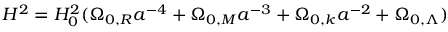
{ H ^ { 2 } } = H _ { 0 } ^ { 2 } ( \Omega _ { 0 , R } a ^ { - 4 } + \Omega _ { 0 , M } a ^ { - 3 } + \Omega _ { 0 , k } a ^ { - 2 } + \Omega _ { 0 , \Lambda } )